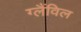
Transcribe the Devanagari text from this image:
ग्लैंविल